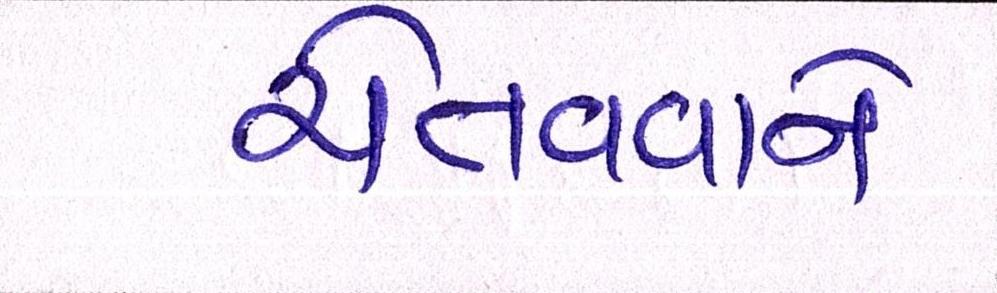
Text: ચેતવવાને